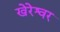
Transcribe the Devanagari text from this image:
खेरेश्वर